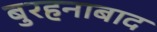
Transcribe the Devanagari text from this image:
बुरहनाबाद